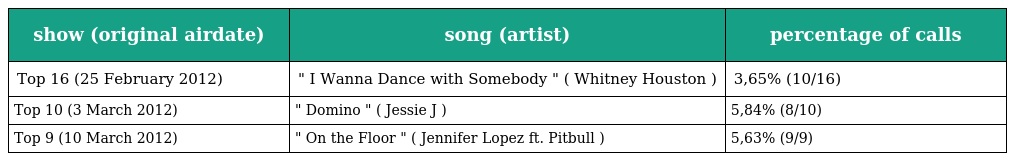
| show (original airdate) | song (artist) | percentage of calls |
 | --- | --- | --- |
 | Top 16 (25 February 2012) | " I Wanna Dance with Somebody " ( Whitney Houston ) | 3,65% (10/16) |
 | Top 10 (3 March 2012) | " Domino " ( Jessie J ) | 5,84% (8/10) |
 | Top 9 (10 March 2012) | " On the Floor " ( Jennifer Lopez ft. Pitbull ) | 5,63% (9/9) |